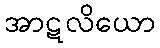
အာဋလိယော